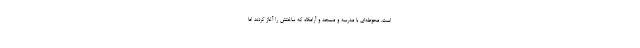
است. محوطه‌ای با مدرسه و مسجد و آرامگاه که ساختش را آغاز کردند اما